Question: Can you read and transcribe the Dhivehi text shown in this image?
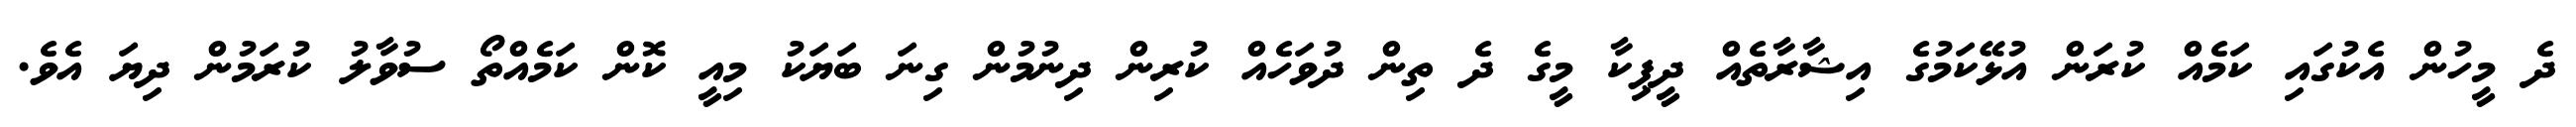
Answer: ދެ މީހުން އެކުގައި ކަމެއް ކުރަން އުޅޭކަމުގެ އިޝާރާތެއް ދީޕިކާ މީގެ ދެ ތިން ދުވަހެއް ކުރިން ދިނުމުން ގިނަ ބަޔަކު މިއީ ކޮން ކަމެއްތޯ ސުވާލު ކުރަމުން ދިޔަ އެވެ.